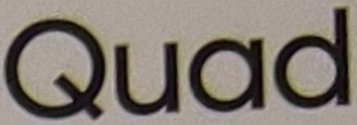
Quad